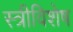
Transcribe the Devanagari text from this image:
स्त्रीविशेष